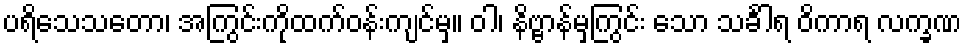
ပရိသေသတော၊ အကြွင်းကိုထက်ဝန်းကျင်မှ။ ဝါ၊ နိဗ္ဗာန်မှကြွင်း သော သင်္ခါရ ဝိကာရ လက္ခဏ